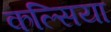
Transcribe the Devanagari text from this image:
कल्सिया